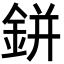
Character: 鉼